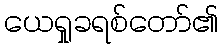
ယေရှုခရစ်တော်၏